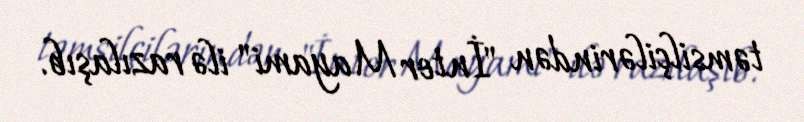
təmsilçilərindən "İnter Mayami" ilə razılaşıb.